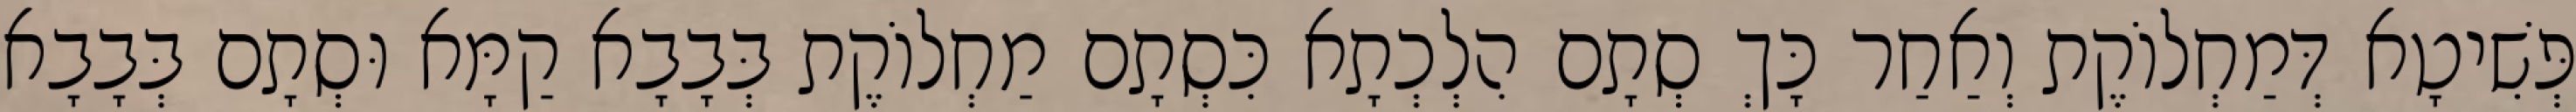
פְּשִׁיטָא דְּמַחְלוֹקֶת וְאַחַר כָּךְ סְתָם הִלְכְתָא כִּסְתָם מַחְלוֹקֶת בְּבָבָא קַמָּא וּסְתָם בְּבָבָא